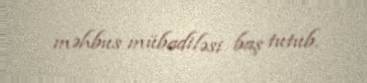
məhbus mübadiləsi baş tutub.